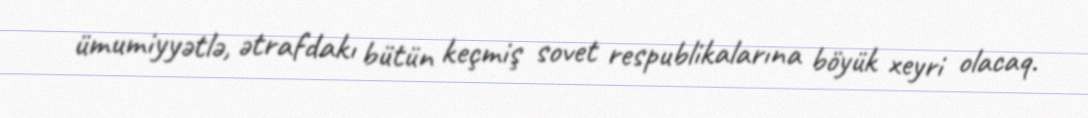
ümumiyyətlə, ətrafdakı bütün keçmiş sovet respublikalarına böyük xeyri olacaq.